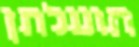
תועלתן